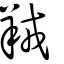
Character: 羢